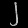
Digit: ၂